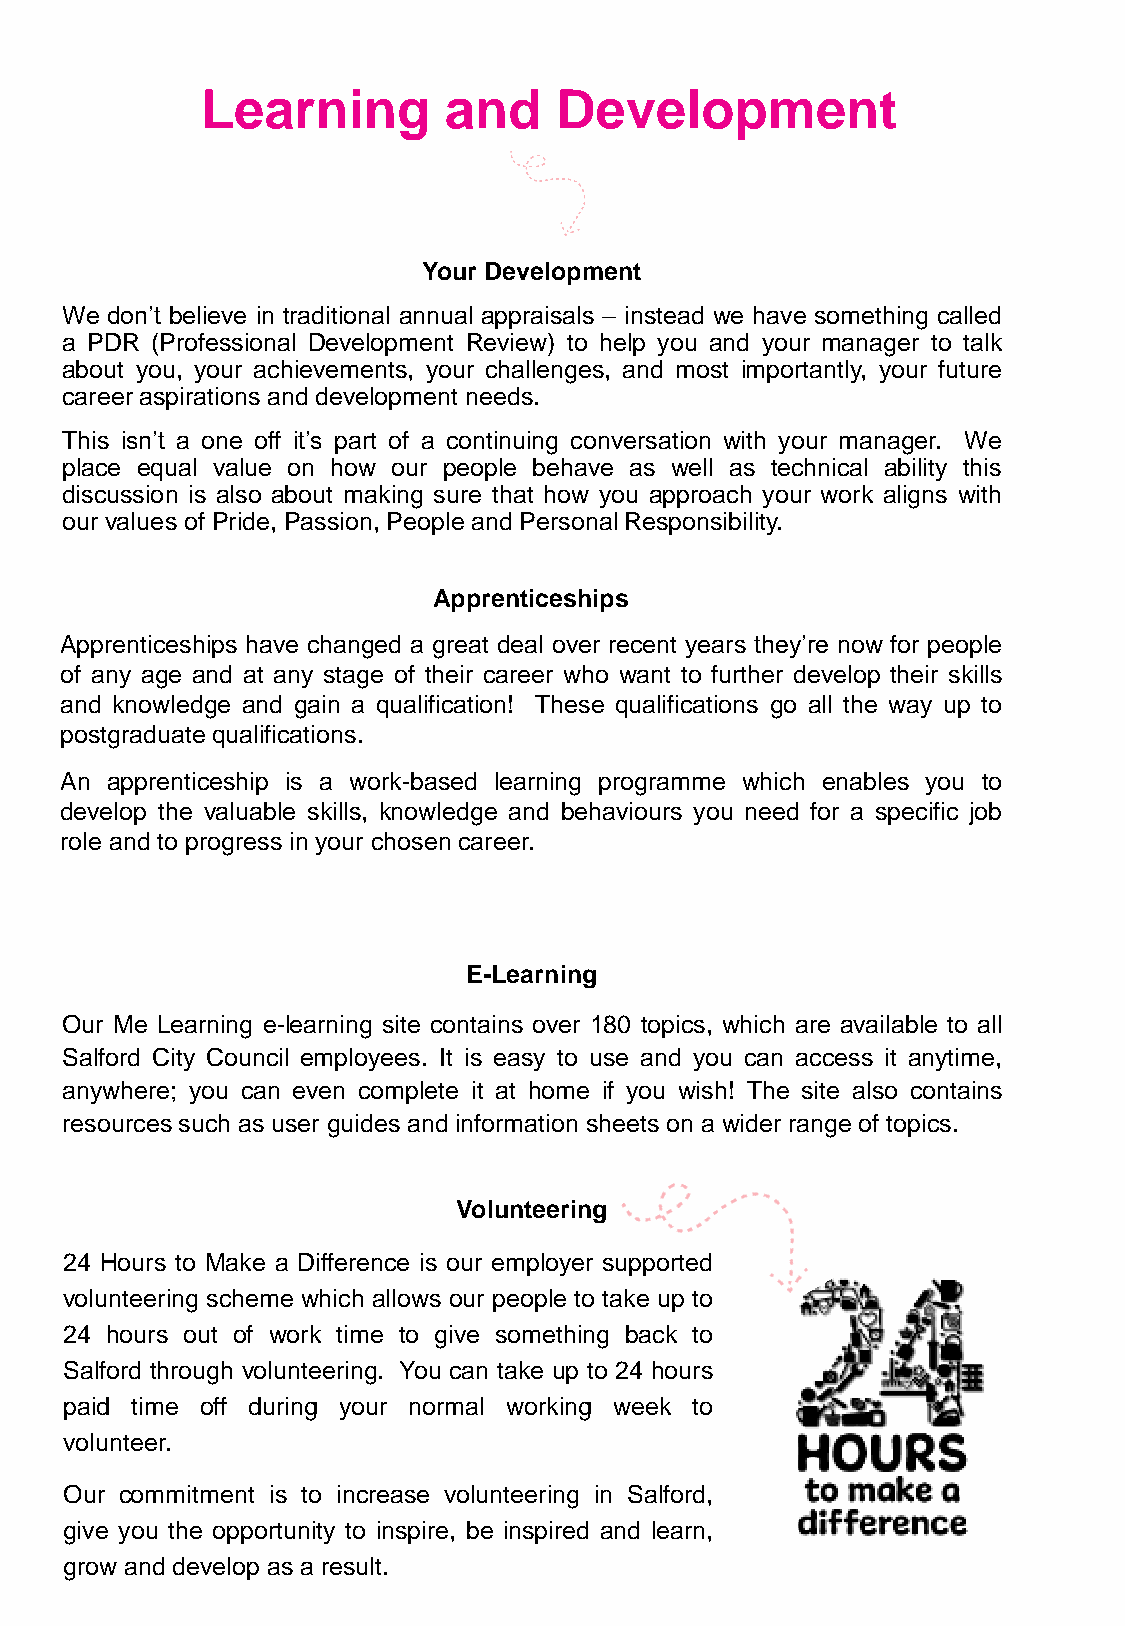
Learning        and     Development
 Your Development
 We don’t believe in traditional annual appraisals – instead we have something called
 a PDR (Professional Development Review) to help you and your manager to talk
 about you, your achievements, your challenges, and most importantly, your future
 career aspirations and development needs.
 This isn’t a one off it’s part of a continuing conversation with your manager. We
 place equal value on how our people behave as well as technical ability this
 discussion is also about making sure that how you approach your work aligns with
 our values of Pride, Passion, Peopleand PersonalResponsibility.
 Apprenticeships
 Apprenticeships have changed a great deal over recent years they’re now for people
 of any age and at any stage of their career who want to further develop their skills
 and knowledge and gain a qualification! These qualifications go all the way up to
 postgraduate qualifications.
 An apprenticeship is a work-based learning programme which enables you to
 develop the valuable skills, knowledge and behaviours you need for a specific job
 role and to progress in your chosen career.
 E-Learning
 Our Me Learning e-learning site contains over 180 topics, which are available to all
 Salford City Council employees. It is easy to use and you can access it anytime,
 anywhere; you can even complete it at home if you wish! The site also contains
 resourcessuch as user guides and information sheets on a wider range of topics.
 Volunteering
 24 Hours to Make a Difference is our employer supported
 volunteering scheme which allows our people to take up to
 24 hours out of work time to give something back to
 Salford through volunteering. You can take up to 24 hours
 paid time off during your normal working week to
 volunteer.
 Our commitment is to increase volunteering in Salford,
 give you the opportunity to inspire, be inspired and learn,
 grow and develop as a result.